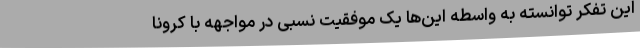
این تفکر توانسته به واسطه این‌ها یک موفقیت نسبی در مواجهه با کرونا